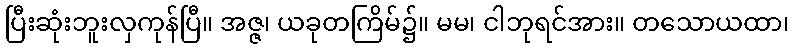
ပြီးဆုံးဘူးလှကုန်ပြီ။ အဇ္ဇ၊ ယခုတကြိမ်၌။ မမ၊ ငါဘုရင်အား။ တသောယထာ၊